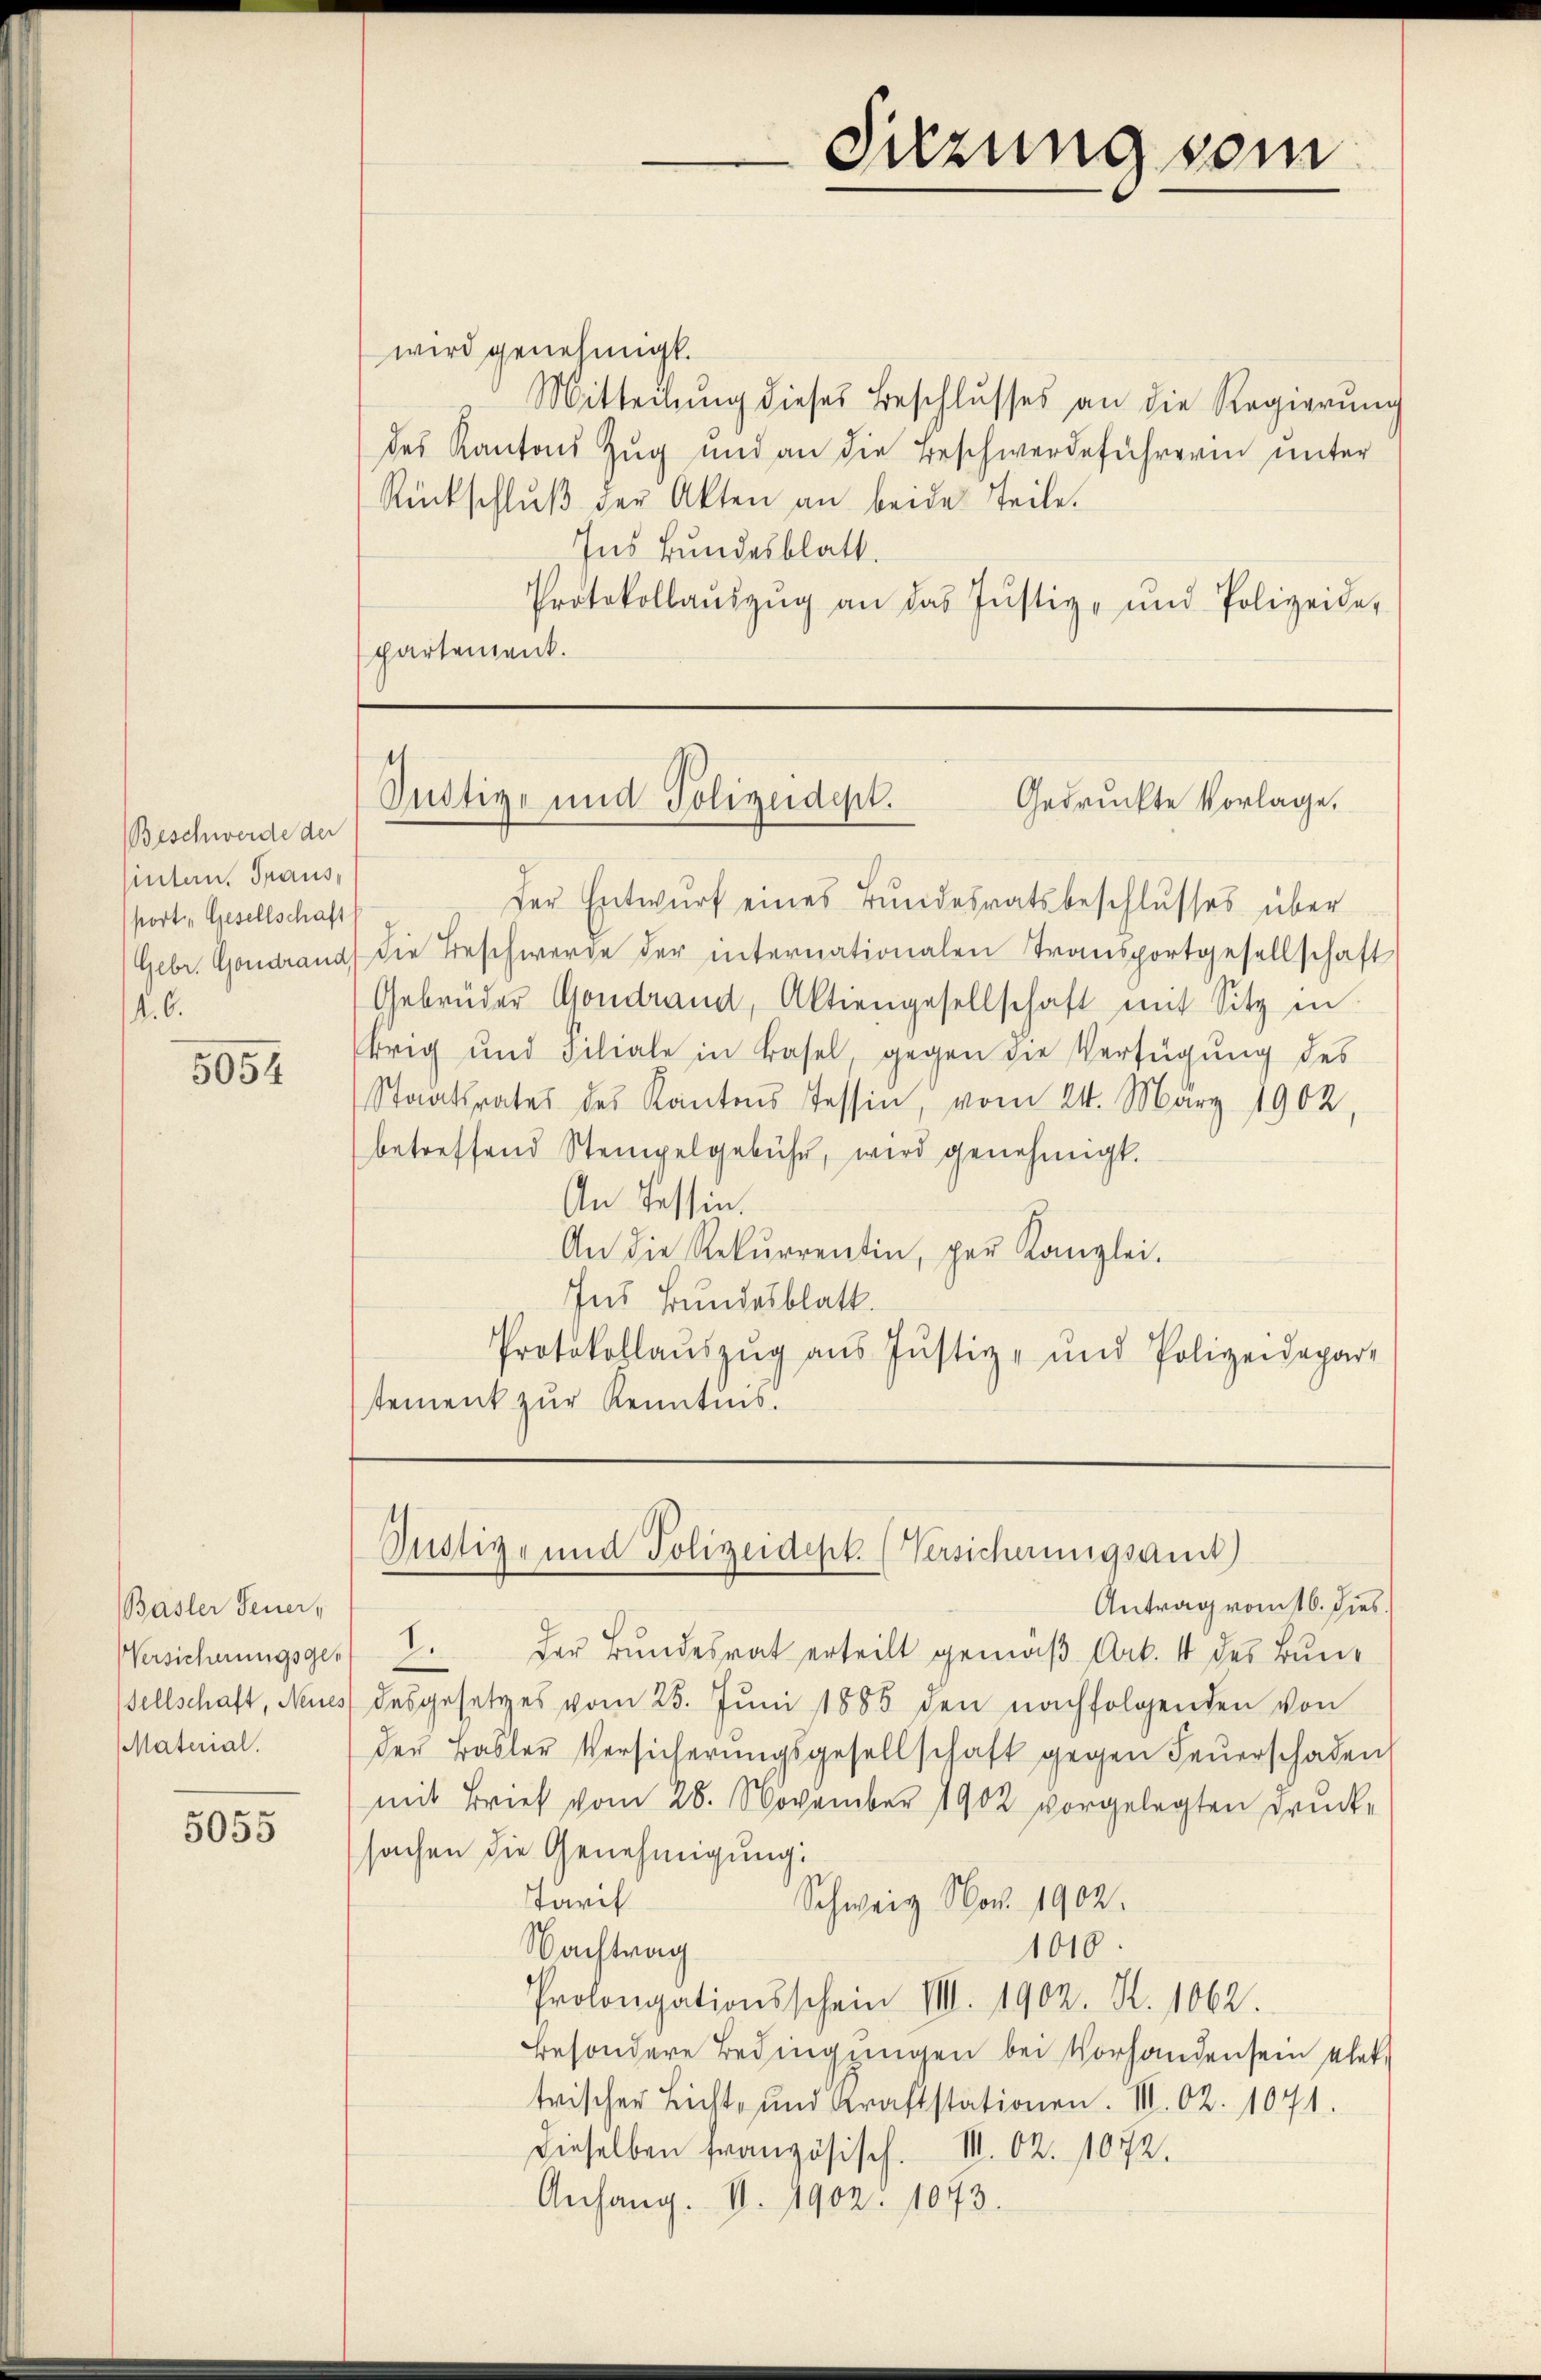
Beschwerde der
Untern. Trausport, Gesellschaft
Gebr. Gondrand,
4.6.

5054

Basler Feuer,
Versicherungsgesellschaft, Neues
Material.

5055

wird genehmigt.
Mitteilung dieses Beschlusses an die Regierŭng
des Kantons Zug und an die Beschwerdeführerin unter
Rückschlŭβ der Akten an beide Teile.
Ins Bundesblatt.
Protokollaŭszŭg an das Justiz- und Polizeide,
partement.

Der Entwurf eines Bundesratsbeschlusses über
die Beschwerde der internationalen Transportgesellschaft
Gebrüder Gondrand, Aktiengesellschaft mit Sitz in
brig und Filiale in Basel, gegen die Verfügung des
Staatsrates des Kantons Tessin, vom 24. März 1902,
betreffend Stempelgebühr, wird genehmigt.
An Tessin.
An die Rekŭrrentin, per Kanzlei.
Ins Bundesblatt.
Protokollaŭszŭg aŭs Jŭstiz- und Polizeidepar-
stement zur Kenntnis.

Sitzung sein

1
Snötige und Polizeidept.
Gedruckte Vorlage.

Justiz- und Polizeidept. (Versicherungsamt

Antrag vom 16. dies
1.
der Bundesrat erteilt gemäß Art. 4 des Bundesgesetzes vom 25. Jŭni 1885 den nachfolgenden von
der Basler Versicherungsgesellschaft gegen Feuerschaden
mit Brief vom 28. November 1902 vorgelegten drücksachen die Genehmigung:
Tarif
Schweiz. Nov. 1902.
1010.
Nachtrag
Prolongationsschein VIII. 1902. S. 1062.
besondere Bedingungen bei Vorhandensein ehertrischer Licht- und Kraftstationen. III 62. 1071.
dieselben französisch. III 62. 1072.
Anhang. II. 1902. 1043.